Scottish Certificate of Education, 1963
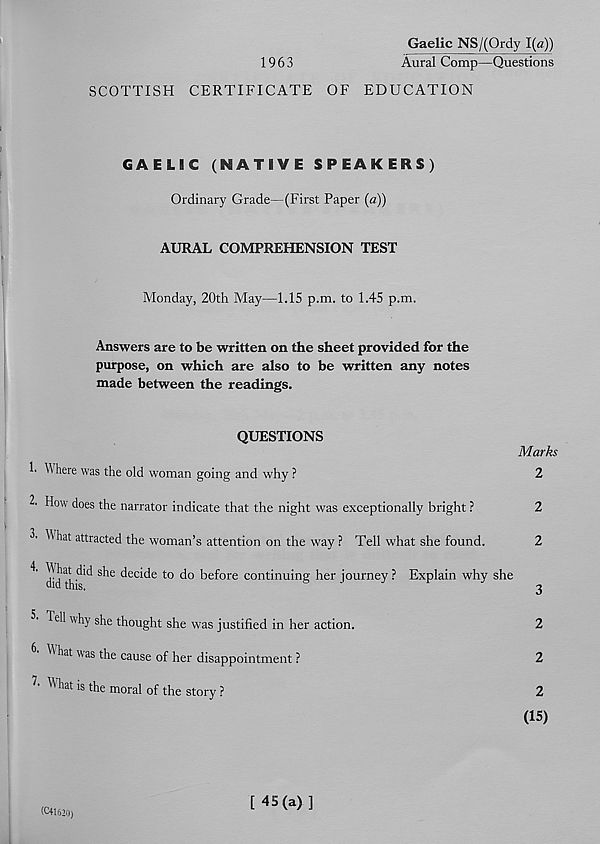
Gaelic NS/(Ordy 1(a))
1963
Aural Comp—Questions
SCOTTISH CERTIFICATE OF EDUCATION
GAELIC (NATIVE SPEAKERS)
Ordinary Grade—(First Paper (a))
AURAL COMPREHENSION TEST
Monday, 20th May—1.15 p.m. to 1.45 p.m.
Answers are to be written on the sheet provided for the
purpose, on which are also to be written any notes
made between the readings.
QUESTIONS
Marks
1. Where was the old woman going and why ?
2
2. How does the narrator indicate that the night was exceptionally bright ?
2
2' W hat attracted the woman’s attention on the way ? Tell what she found.
2
did th'^ S^e ^e c^e t0
k e f°r e continuing her journey ? Explain why she
Tell why she thought she was justified in her action.
2
W hat was the cause of her disappointment ?
2
7 ' Wllat 18 *e moral of the story ?
2
(15)
(^41620)
[45(a)]